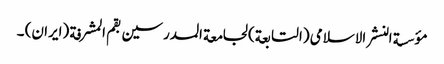
مؤسسة النشر الاسلامی (التابعة) لجامعة المدرسین بقم المشرفة (ایران) ۔